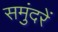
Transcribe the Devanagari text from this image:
समुंदरें